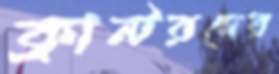
ক্রান্টরদের